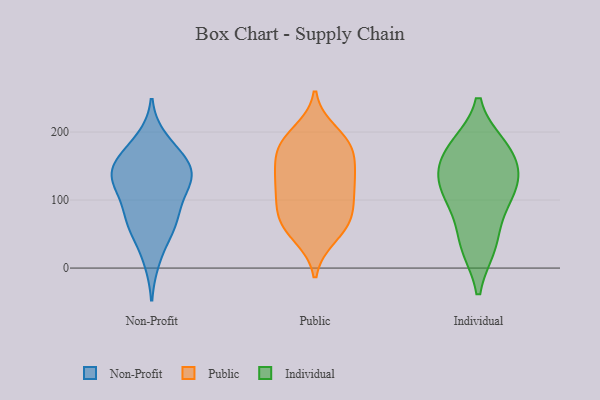
{"axis": {"x": "Production Output", "y": "Value"}, "legend": ["Individual", "Non-Profit", "Public"], "data": [{"x": "", "y": 160, "type": "Non-Profit"}, {"x": "", "y": 55, "type": "Non-Profit"}, {"x": "", "y": 119, "type": "Non-Profit"}, {"x": "", "y": 13, "type": "Non-Profit"}, {"x": "", "y": 80, "type": "Non-Profit"}, {"x": "", "y": 144, "type": "Non-Profit"}, {"x": "", "y": 142, "type": "Non-Profit"}, {"x": "", "y": 67, "type": "Non-Profit"}, {"x": "", "y": 65, "type": "Non-Profit"}, {"x": "", "y": 188, "type": "Non-Profit"}, {"x": "", "y": 136, "type": "Non-Profit"}, {"x": "", "y": 105, "type": "Non-Profit"}, {"x": "", "y": 173, "type": "Non-Profit"}, {"x": "", "y": 129, "type": "Non-Profit"}, {"x": "", "y": 142, "type": "Non-Profit"}, {"x": "", "y": 108, "type": "Public"}, {"x": "", "y": 133, "type": "Public"}, {"x": "", "y": 74, "type": "Public"}, {"x": "", "y": 159, "type": "Public"}, {"x": "", "y": 81, "type": "Public"}, {"x": "", "y": 147, "type": "Public"}, {"x": "", "y": 184, "type": "Public"}, {"x": "", "y": 200, "type": "Public"}, {"x": "", "y": 108, "type": "Public"}, {"x": "", "y": 185, "type": "Public"}, {"x": "", "y": 125, "type": "Public"}, {"x": "", "y": 176, "type": "Public"}, {"x": "", "y": 70, "type": "Public"}, {"x": "", "y": 180, "type": "Public"}, {"x": "", "y": 129, "type": "Public"}, {"x": "", "y": 50, "type": "Public"}, {"x": "", "y": 46, "type": "Public"}, {"x": "", "y": 74, "type": "Public"}, {"x": "", "y": 178, "type": "Individual"}, {"x": "", "y": 111, "type": "Individual"}, {"x": "", "y": 177, "type": "Individual"}, {"x": "", "y": 122, "type": "Individual"}, {"x": "", "y": 84, "type": "Individual"}, {"x": "", "y": 142, "type": "Individual"}, {"x": "", "y": 33, "type": "Individual"}, {"x": "", "y": 123, "type": "Individual"}, {"x": "", "y": 33, "type": "Individual"}, {"x": "", "y": 168, "type": "Individual"}]}